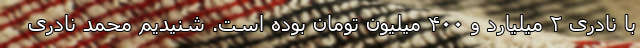
با نادری ۲ میلیارد و ۴۰۰ میلیون تومان بوده است. شنیدیم محمد نادری